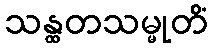
သန္ထတသမ္မုတိံ